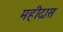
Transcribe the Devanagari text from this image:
महीदास